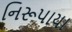
નિરૂપાયા